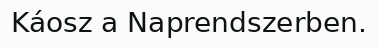
Káosz a Naprendszerben.